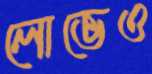
লোভেও